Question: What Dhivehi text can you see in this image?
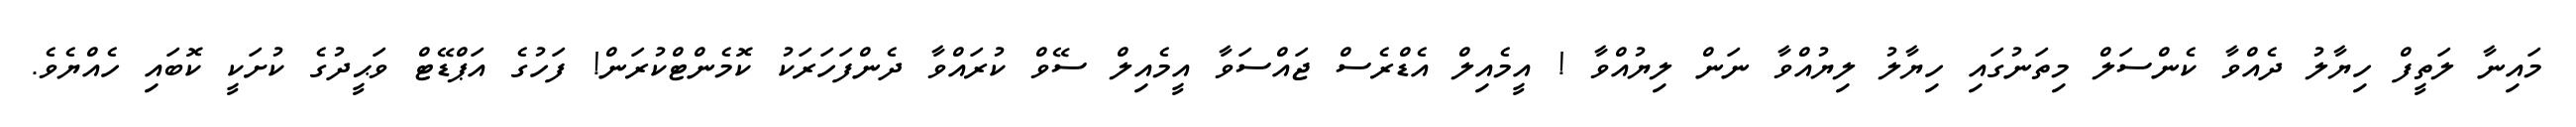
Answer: މައިނާ ލަތީފް ހިޔާލު ދެއްވާ ކެންސަލް މިތަނުގައި ހިޔާލު ލިޔުއްވާ ނަން ލިޔުއްވާ ! އީމެއިލް އެޑްރެސް ޖައްސަވާ އީމެއިލް ސޭވް ކުރައްވާ ދެންފަހަރަކު ކޮމެންޓްކުރަން! ފަހުގެ އަޕްޑޭޓް ވަޙީދުގެ ކުށަކީ ކޮބައި ހެއްޔެވެ.